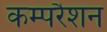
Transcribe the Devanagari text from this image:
कम्परैशन